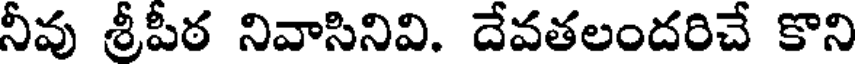
నీవు శ్రీపీఠ నివాసినివి. దేవతలందరిచే కొని